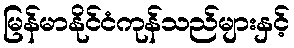
မြန်မာနိုင်ငံကုန်သည်များနှင့်